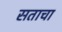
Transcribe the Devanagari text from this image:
सताचा